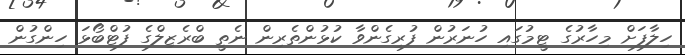
ހިލާފަށް މިހާރުގެ ޓީމުގައި ހުނަރުން ފުރިގެންވާ ކުޅުންތެރިން ނެތީ ބްރެޒިލްގެ ފުޓްބޯޅަ ހިންގުން